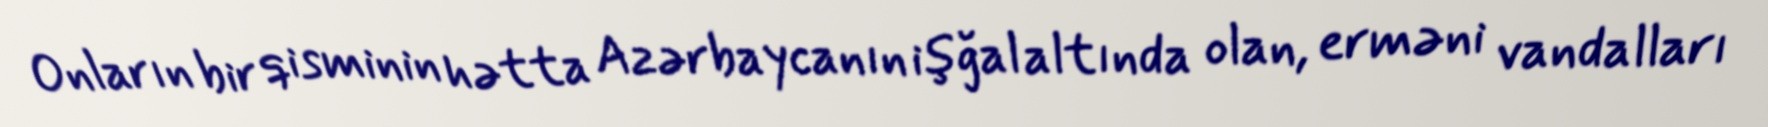
Onların bir qisminin hətta Azərbaycanın işğal altında olan, erməni vandalları